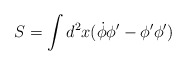
\begin{align*}S=\int d^2x (\dot\phi\phi' - \phi'\phi')\end{align*}